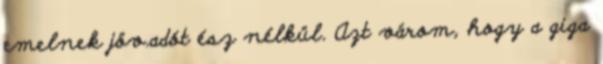
emelnek jöv.adót ész nélkül. Azt várom, hogy a giga